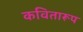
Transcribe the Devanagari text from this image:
कवितारूप